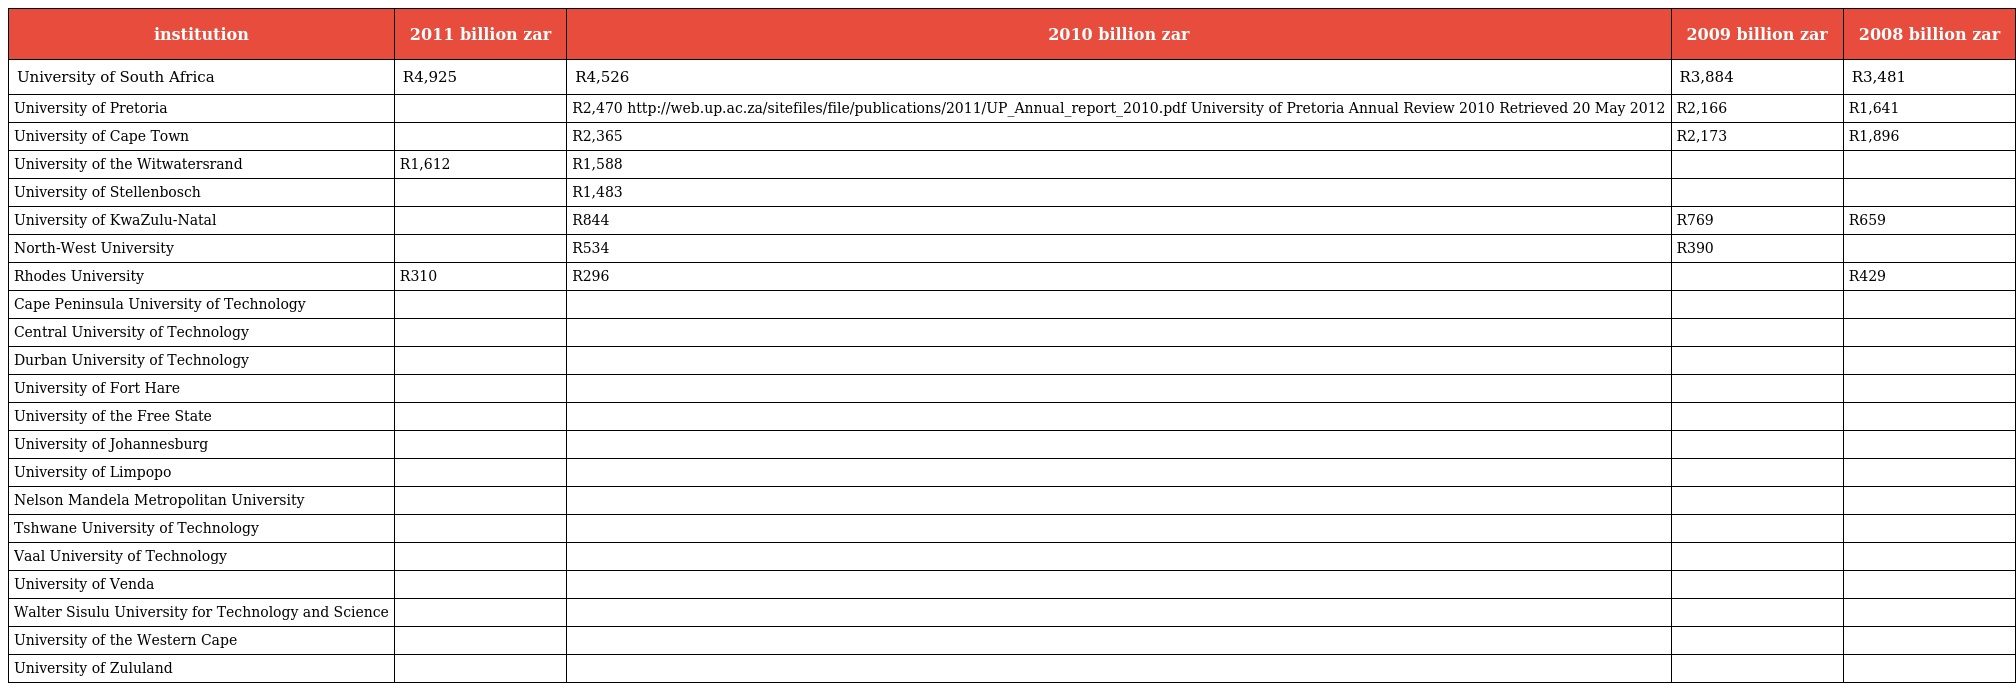
| institution | 2011 billion zar | 2010 billion zar | 2009 billion zar | 2008 billion zar |
 | --- | --- | --- | --- | --- |
 | University of South Africa | R4,925 | R4,526 | R3,884 | R3,481 |
 | University of Pretoria |  | R2,470 http://web.up.ac.za/sitefiles/file/publications/2011/UP_Annual_report_2010.pdf University of Pretoria Annual Review 2010 Retrieved 20 May 2012 | R2,166 | R1,641 |
 | University of Cape Town |  | R2,365 | R2,173 | R1,896 |
 | University of the Witwatersrand | R1,612 | R1,588 |  |  |
 | University of Stellenbosch |  | R1,483 |  |  |
 | University of KwaZulu-Natal |  | R844 | R769 | R659 |
 | North-West University |  | R534 | R390 |  |
 | Rhodes University | R310 | R296 |  | R429 |
 | Cape Peninsula University of Technology |  |  |  |  |
 | Central University of Technology |  |  |  |  |
 | Durban University of Technology |  |  |  |  |
 | University of Fort Hare |  |  |  |  |
 | University of the Free State |  |  |  |  |
 | University of Johannesburg |  |  |  |  |
 | University of Limpopo |  |  |  |  |
 | Nelson Mandela Metropolitan University |  |  |  |  |
 | Tshwane University of Technology |  |  |  |  |
 | Vaal University of Technology |  |  |  |  |
 | University of Venda |  |  |  |  |
 | Walter Sisulu University for Technology and Science |  |  |  |  |
 | University of the Western Cape |  |  |  |  |
 | University of Zululand |  |  |  |  |